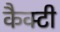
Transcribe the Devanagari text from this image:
कैक्टी